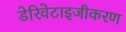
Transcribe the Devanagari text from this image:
डेरिवेटाइजीकरण